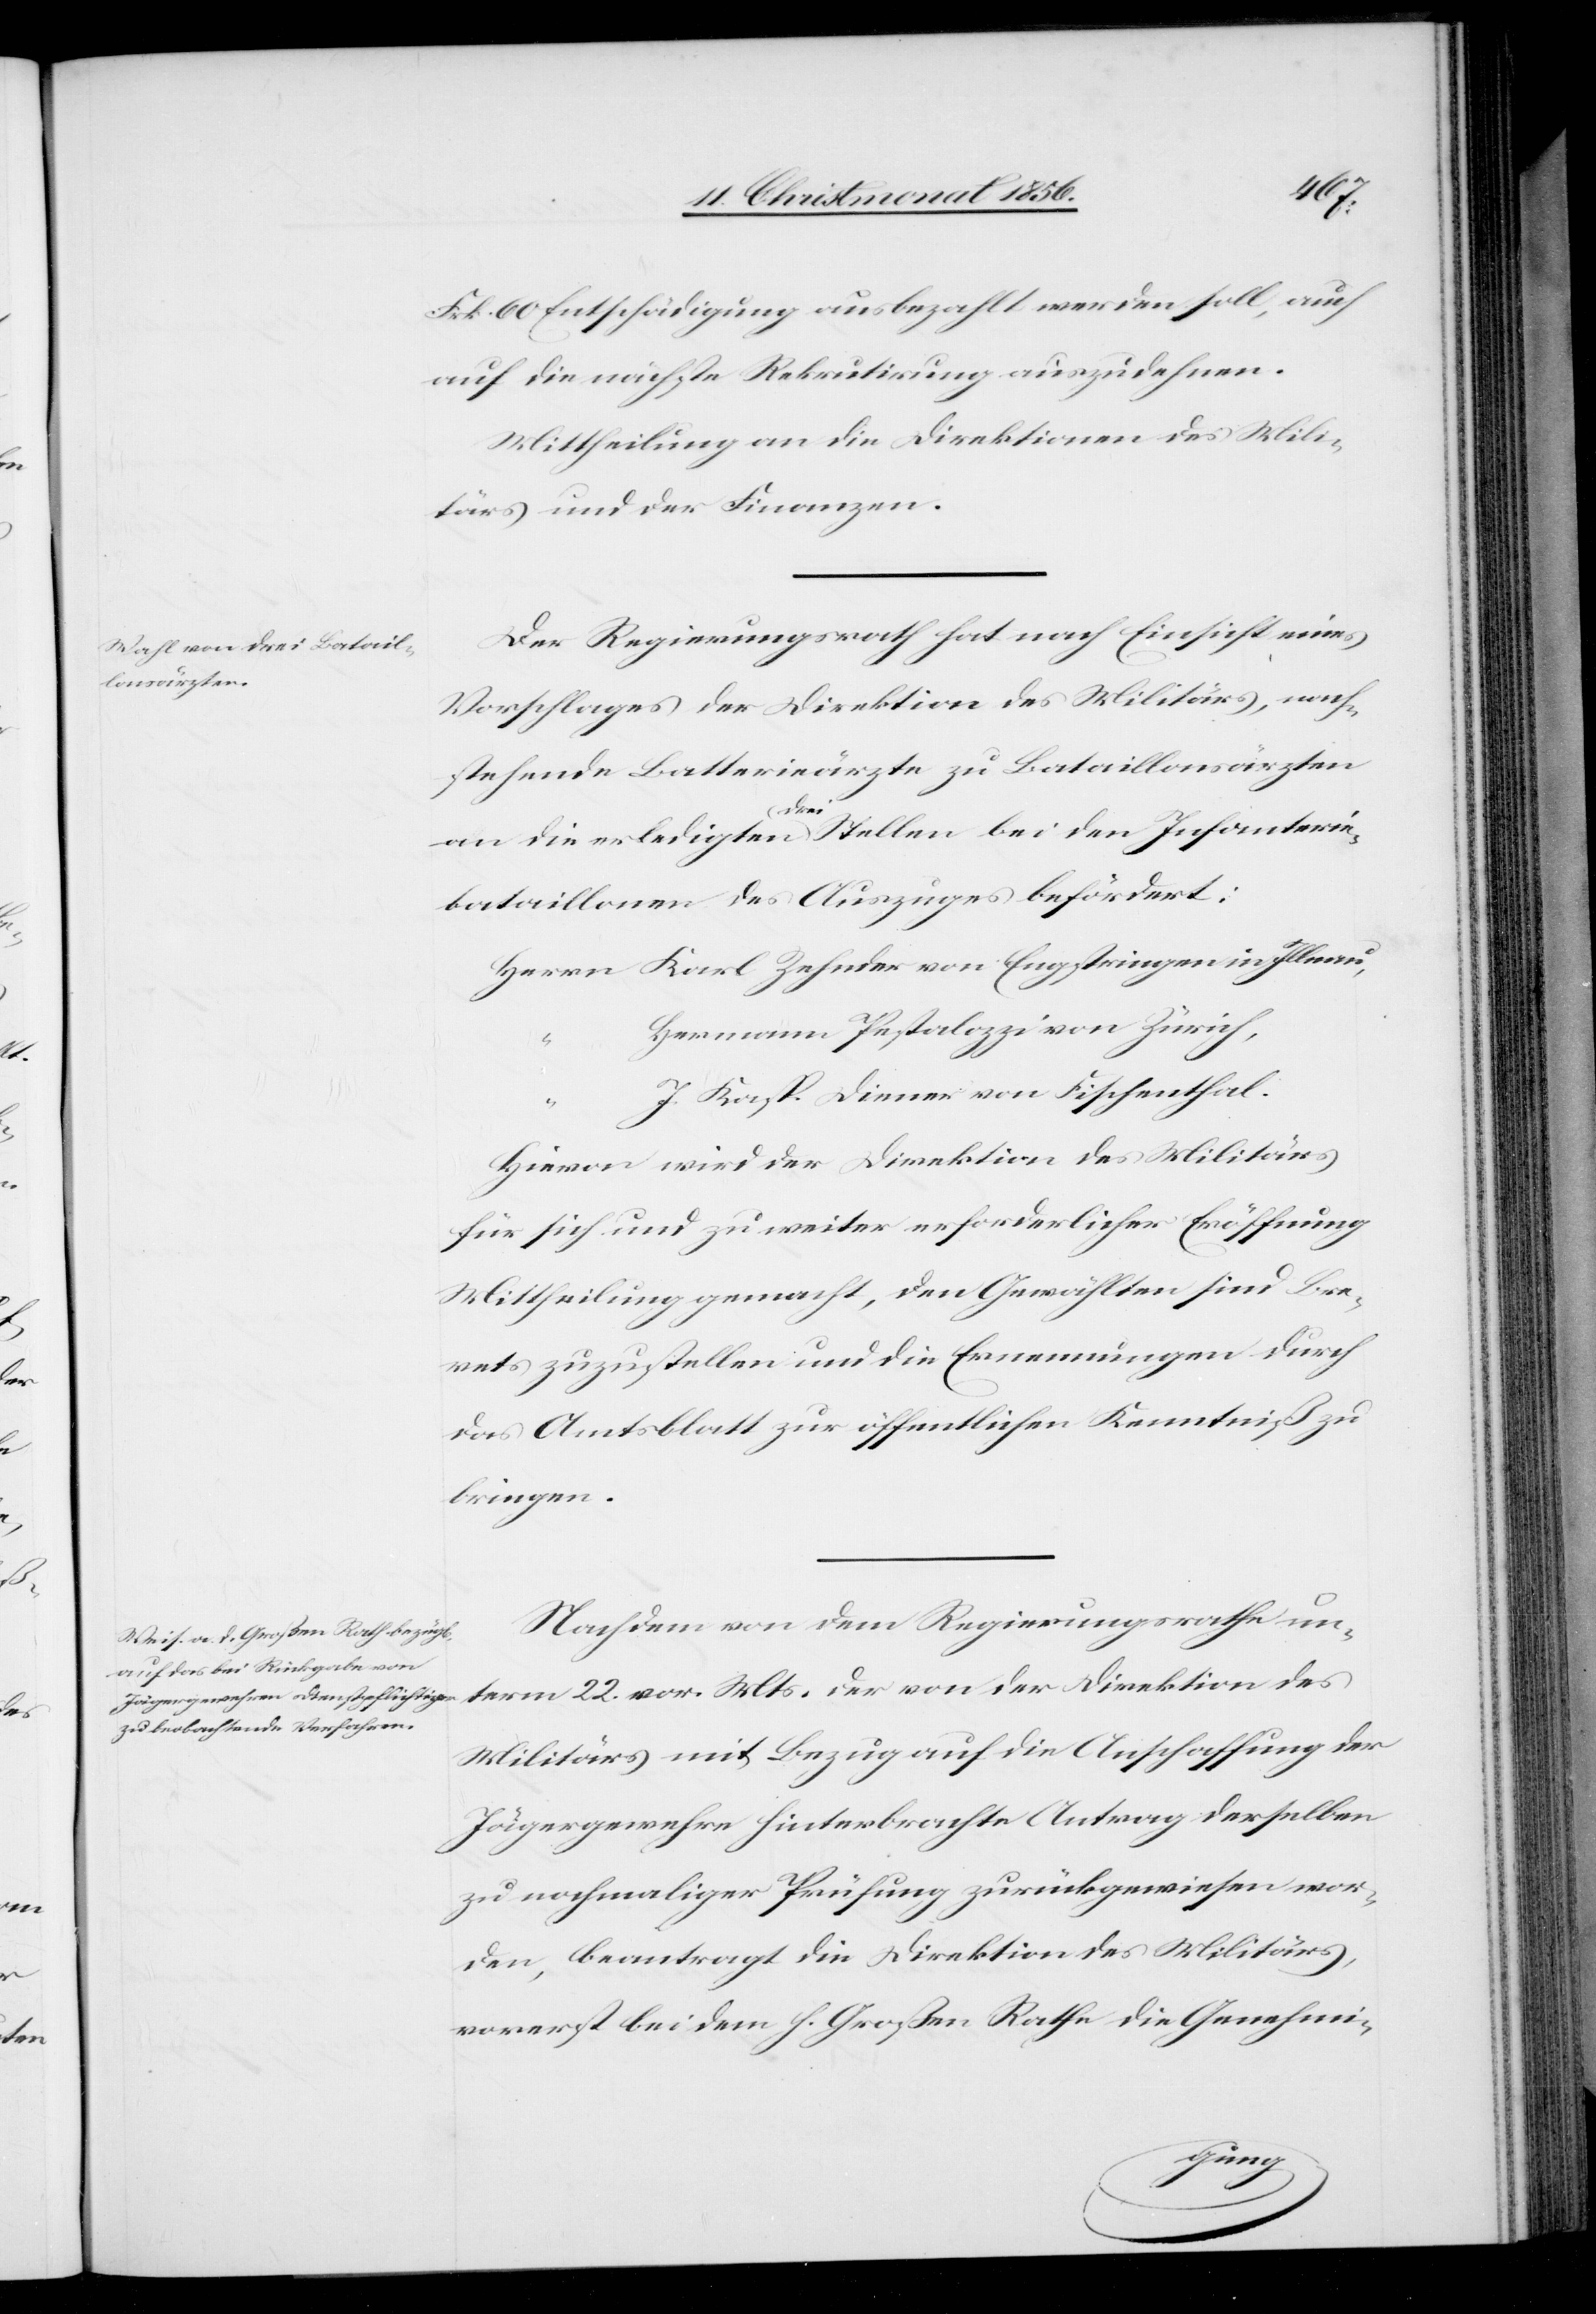
Frk. 60 Entschädigung ausbezahlt werden soll, auch
auf die nächste Rekrutirung auszudehnen.
Mittheilung an die Direktionen des Mili¬
tärs und der Finanzen.
Der Regierungsrath hat nach Einsicht eines
Vorschlages der Direktion des Militärs, nach¬
stehende Batterieärzte zu Bataillonsärzten
an die erledigten a-drei-a Stellen bei den Infanterie¬
bataillonen des Auszuges befördert:
Herrn Karl Zehnder von Engstringen in Illnau,
Hermann Pestalozzi von Zürich,
J. Kasp. Diener von Fischenthal.
Hievon wird der Direktion des Militärs
für sich und zu weiter erforderlicher Eröffnung
Mittheilung gemacht, den Gewählten sind Bre¬
vets zuzustellen und die Ernennungen durch
das Amtsblatt zur öffentlichen Kenntniß zu
bringen.
Nachdem von dem Regierungsrathe un¬
term 22. vor. Mts. der von der Direktion des
Militärs mit Bezug auf die Anschaffung der
Jägergewehre hinterbrachte Antrag derselben
zu nochmaliger Prüfung zurückgewiesen wor¬
den, beantragt die Direktion des Militärs
vorerst bei dem h. Großen Rathe die Genehmi-